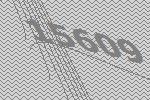
15609